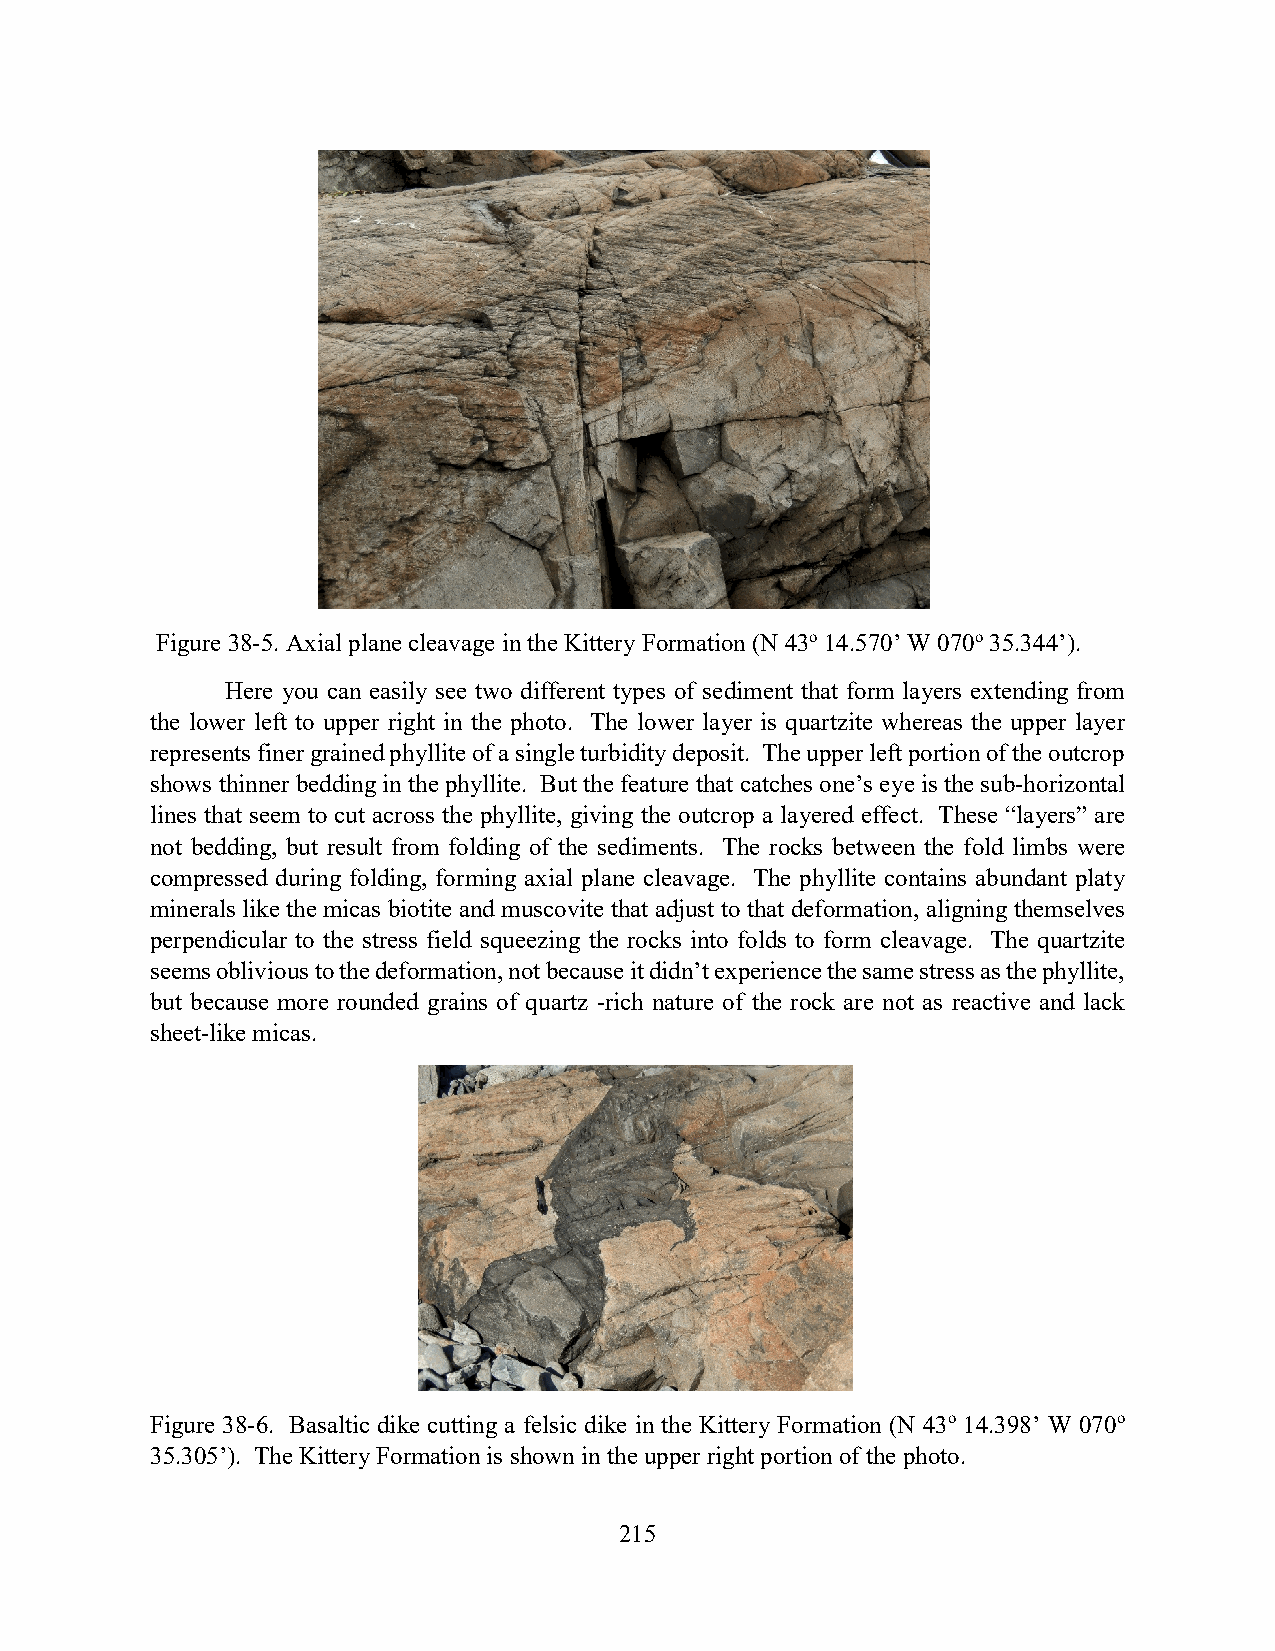
Figure 38-5. Axial plane cleavage in the Kittery Formation (N 43o 14.570’ W 070o 35.344’).
 Here you can easily see two different types of sediment that form layers extending from
 the lower left to upper right in the photo. The lower layer is quartzite whereas the upper layer
 represents finer grained phyllite of a single turbidity deposit. The upper left portion of the outcrop
 shows thinner bedding in the phyllite. But the feature that catches one’s eye is the sub-horizontal
 lines that seem to cut across the phyllite, giving the outcrop a layered effect. These “layers” are
 not bedding, but result from folding of the sediments. The rocks between the fold limbs were
 compressed during folding, forming axial plane cleavage. The phyllite contains abundant platy
 minerals like the micas biotite and muscovite that adjust to that deformation, aligning themselves
 perpendicular to the stress field squeezing the rocks into folds to form cleavage. The quartzite
 seems oblivious to the deformation, not because it didn’t experience the same stress as the phyllite,
 but because more rounded grains of quartz -rich nature of the rock are not as reactive and lack
 sheet-like micas.
 Figure 38-6. Basaltic dike cutting a felsic dike in the Kittery Formation (N 43o 14.398’ W 070o
 35.305’). The Kittery Formation is shown in the upper right portion of the photo.
 215